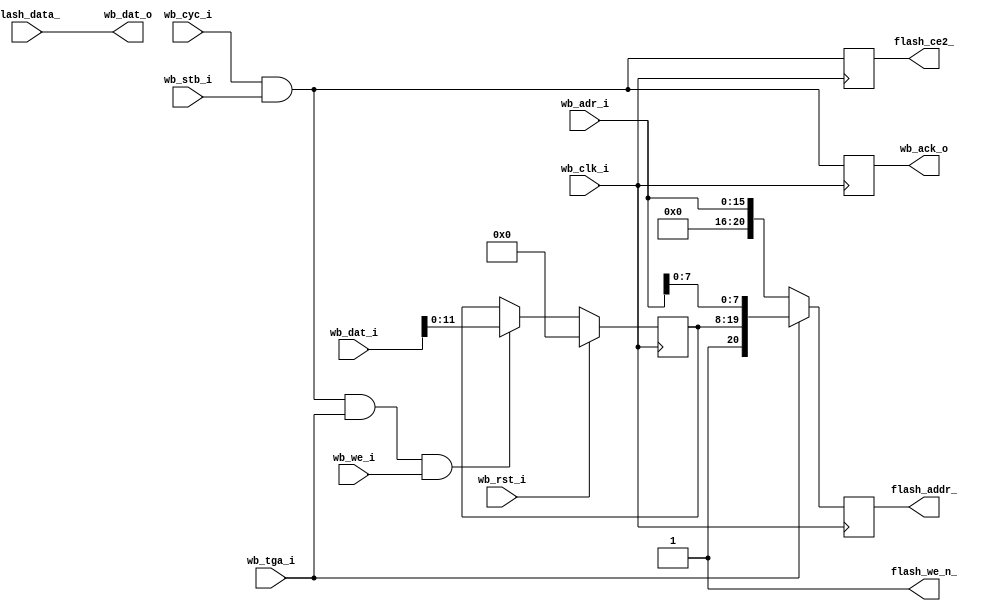
module flash_cntrl (
    // Wishbone slave interface
    input             wb_clk_i,
    input             wb_rst_i,
    input      [15:0] wb_dat_i,
    output     [15:0] wb_dat_o,
    input      [16:1] wb_adr_i,
    input             wb_we_i,
    input             wb_tga_i,
    input             wb_stb_i,
    input             wb_cyc_i,
    output reg        wb_ack_o,

    // Pad signals
    output reg [20:0] flash_addr_,
    input      [15:0] flash_data_,
    output            flash_we_n_,
    output reg        flash_ce2_
  );

  // Registers and nets
  reg  [11:0] base;
  wire        op;
  wire        opbase;

  // Continuous assignments
  assign wb_dat_o    = flash_data_;
  assign flash_we_n_ = 1'b1;
  assign op          = wb_cyc_i & wb_stb_i;
  assign opbase      = op & wb_tga_i & wb_we_i;

  // Behaviour
  // flash_addr, 21 bits
  always @(posedge wb_clk_i)
    flash_addr_ <= wb_tga_i ? { 1'b1, base, wb_adr_i[8:1] }
                            : { 5'h0, wb_adr_i[16:1] };

  always @(posedge wb_clk_i) flash_ce2_ <= op;
  always @(posedge wb_clk_i) wb_ack_o   <= op;

  // base
  always @(posedge wb_clk_i)
    base <= wb_rst_i ? 12'h0: ((opbase) ? wb_dat_i[11:0] : base);
endmodule